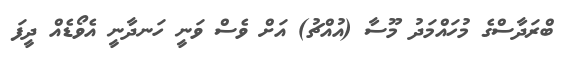
ބްރަދާސްގެ މުހައްމަދު މޫސާ (އުއްޗު) އަށް ވެސް ވަނީ ހަނދާނީ އެވޯޑެއް ދީފަ